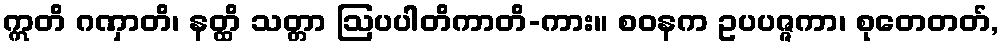
ဣတိ ဂဏှာတိ၊ နတ္ထိ သတ္တာ ဩပပါတိကာတိ-ကား။ စဝနက ဥပပဇ္ဇကာ၊ စုတေတတ်,